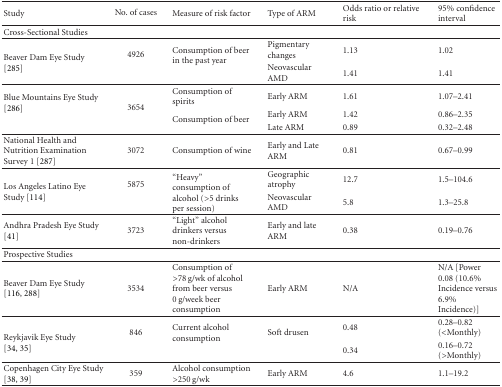
| Study | No. of cases | Measure of risk factor | Type of ARM | Odds ratio or relative risk | 95% confidence interval |
 | --- | --- | --- | --- | --- | --- |
 | Cross-Sectional Studies |  |  |  |  |  |
 | <ROWSPAN=2> Beaver Dam Eye Study [285] | <ROWSPAN=2> 4926 | <ROWSPAN=2> Consumption of beer in the past year | Pigmentary changes | 1.13 | 1.02 |
 | Neovascular AMD | 1.41 | 1.41 |
 | <ROWSPAN=3> Blue Mountains Eye Study [286] | <ROWSPAN=3> 3654 | Consumption of spirits | Early ARM | 1.61 | 1.07–2.41 |
 | <ROWSPAN=2> Consumption of beer | Early ARM | 1.42 | 0.86–2.35 |
 | Late ARM | 0.89 | 0.32–2.48 |
 | National Health and Nutrition Examination Survey 1 [287] | 3072 | Consumption of wine | Early and Late ARM | 0.81 | 0.67–0.99 |
 | <ROWSPAN=2> Los Angeles Latino Eye Study [114] | <ROWSPAN=2> 5875 | <ROWSPAN=2> “Heavy” consumption of alcohol (>5 drinks per session) | Geographic atrophy | 12.7 | 1.5–104.6 |
 | Neovascular AMD | 5.8 | 1.3–25.8 |
 | Andhra Pradesh Eye Study [41] | 3723 | “Light” alcohol drinkers versus non-drinkers | Early and late ARM | 0.38 | 0.19–0.76 |
 | Prospective Studies |  |  |  |  |  |
 | Beaver Dam Eye Study [116, 288] | 3534 | Consumption of >78 g/wk of alcohol from beer versus 0 g/week beer consumption | Early ARM | N/A | N/A [Power 0.08 (10.6% Incidence versus 6.9% Incidence)] |
 | <ROWSPAN=2> Reykjavik Eye Study [34, 35] | <ROWSPAN=2> 846 | <ROWSPAN=2> Current alcohol consumption | <ROWSPAN=2> Soft drusen | 0.48 | 0.28–0.82 (<Monthly) |
 | 0.34 | 0.16–0.72 (>Monthly) |
 | Copenhagen City Eye Study [38, 39] | 359 | Alcohol consumption >250 g/wk | Early ARM | 4.6 | 1.1–19.2 |